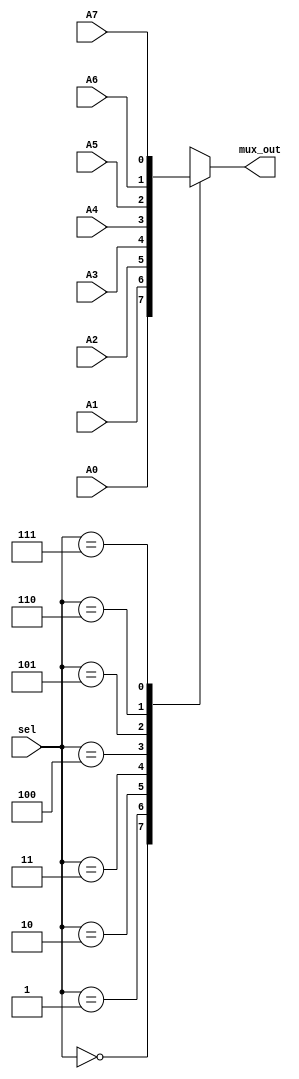

module mux_8to1 (A0, A1, A2, A3, A4, A5, A6, A7, sel, mux_out);
input  A0, A1, A2, A3, A4, A5, A6, A7;
input [2:0] sel;

output reg mux_out;

always@(*) begin
	case(sel) 
		3'b000: mux_out <= A0;
		3'b001: mux_out <= A1;
		3'b010: mux_out <= A2;
		3'b011: mux_out <= A3;
		3'b100: mux_out <= A4;
		3'b101: mux_out <= A5;
		3'b110: mux_out <= A6;
		3'b111: mux_out <= A7;
	endcase
end


endmodule


// Make bcd converter by using 16to1 Mux
module bcdto7seg_mux ( bcd_in, seven_seg_out);
 input [3:0] bcd_in;
 output [6:0] seven_seg_out;
 
 //Use BCD input as 16to1 MUX's select bit
 wire char_a_out;
 wire char_b_out;
 wire char_c_out;
 wire char_d_out;
 wire char_e_out;
 wire char_f_out;
 wire char_g_out;

//  'a' = ~D,1,D,1,1,1,1,1
//  'b' = 1,1,~D,D,1,0,0,0
//  'c' = 1,D,1,1,1,0,0,0
//  'd' = ~D,1,D,~D,1,1,1,1
//  'e' = ~D,~D,0,~D,~D,1,1,1
//  'f' = ~D,0,1,~D,1,1,1,1
//  'g' = 0,1,1,~D,1,1,1,1

 mux_8to1 U0_a_out (  ~bcd_in[0],
		      1'b1,
		      bcd_in[0],
                      1'b1, 
		      1'b1,
		      1'b1,
		      1'b1,
		      1'b1 ,
		      bcd_in[3:1],char_a_out
	   	    );
 mux_8to1 U0_b_out ( 1'b1,1'b1,~bcd_in[0],bcd_in[0],1'b1,1'b0,1'b0,1'b0 ,bcd_in[3:1], char_b_out);
 mux_8to1 U0_c_out ( 1'b1, bcd_in[0],1'b1,1'b1,1'b1,1'b0,1'b0,1'b0 ,bcd_in[3:1], char_c_out);
 mux_8to1 U0_d_out ( ~bcd_in[0],1'b1,bcd_in[0],~bcd_in[0],1'b1,1'b1,1'b1,1'b1 ,bcd_in[3:1], char_d_out);
 mux_8to1 U0_e_out ( ~bcd_in[0],~bcd_in[0],1'b0,~bcd_in[0],~bcd_in[0],1'b1,1'b1,1'b1 ,bcd_in[3:1], char_e_out);
 mux_8to1 U0_f_out ( ~bcd_in[0],1'b0,1'b1,~bcd_in[0],1'b1,1'b1,1'b1,1'b1 ,bcd_in[3:1], char_f_out);
 mux_8to1 U0_g_out ( 1'b0,1'b1,1'b1,~bcd_in[0],1'b1,1'b1,1'b1,1'b1 ,bcd_in[3:1], char_g_out);

 assign seven_seg_out = {char_a_out,char_b_out,char_c_out,char_d_out,char_e_out,char_f_out,char_g_out};

endmodule